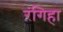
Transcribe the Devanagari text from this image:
रंगिहा